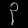
Digit: ၃